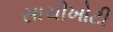
સાચીખોટી